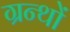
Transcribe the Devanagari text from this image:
ग्रन्थाें